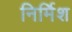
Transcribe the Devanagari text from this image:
निर्मिश